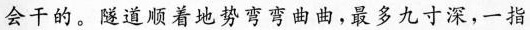
会干的。隧道顺着地势弯弯曲曲,最多九寸深，一指